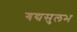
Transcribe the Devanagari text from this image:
गद्यसुलभ